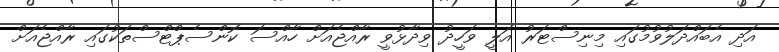
އަދި އެބައްދަލުވުމުގައި މިނިސްޓަރު އަލީ ވަހީދު ވިދާޅުވީ ރާއްޖެއަށް ހާއްސަ ކޮންސެޕްޓްސްތަކުގައި ރާއްޖެއަށް